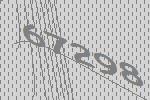
67298